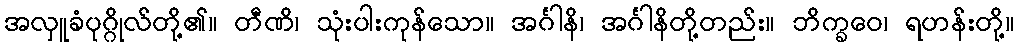
အလှူခံပုဂ္ဂိုလ်တို့၏။ တီဏိ၊ သုံးပါးကုန်သော။ အင်္ဂါနိ၊ အင်္ဂါနိတို့တည်း။ ဘိက္ခဝေ၊ ရဟန်းတို့။